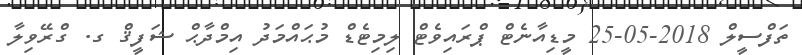
ތަފްސީލް 2018-05-25 މީޑިއާނެޓް ޕްރައިވެޓް ލިމިޓެޑް މުޙައްމަދު އިމްދާޙް ޝަފީޤް ގ. ގްރޭވިލާ